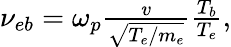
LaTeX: \begin{array}{r}{\nu_{eb}=\omega_{p}\frac{v}{\sqrt{T_{e}/m_{e}}}\frac{T_{b}}{T_{e}},}\end{array}